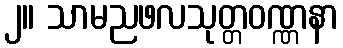
၂။ သာမညဖလသုတ္တဝဏ္ဏနာ